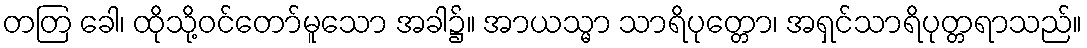
တတြ ခေါ၊ ထိုသို့ဝင်တော်မူသော အခါ၌။ အာယသ္မာ သာရိပုတ္တော၊ အရှင်သာရိပုတ္တရာသည်။